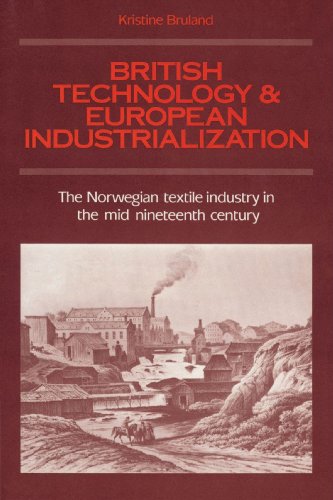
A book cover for British Technology and European Industrialization: The Norwegian Textile Industry in the Mid-Nineteenth Century; Kristine Bruland; History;